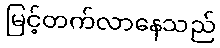
မြင့်တက်လာနေသည်